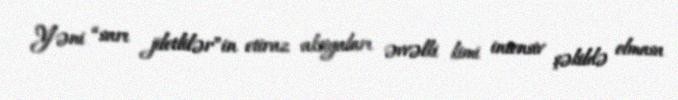
Yəni “sarı jiletlilər”in etiraz aksiyaları əvvəlki kimi intensiv şəkildə olmasa